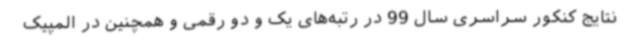
نتایج کنکور سراسری سال 99 در رتبه‌های یک و دو رقمی و همچنین در المپیک